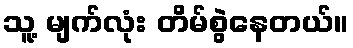
သူ့ မျက်လုံး တိမ်စွဲနေတယ်။